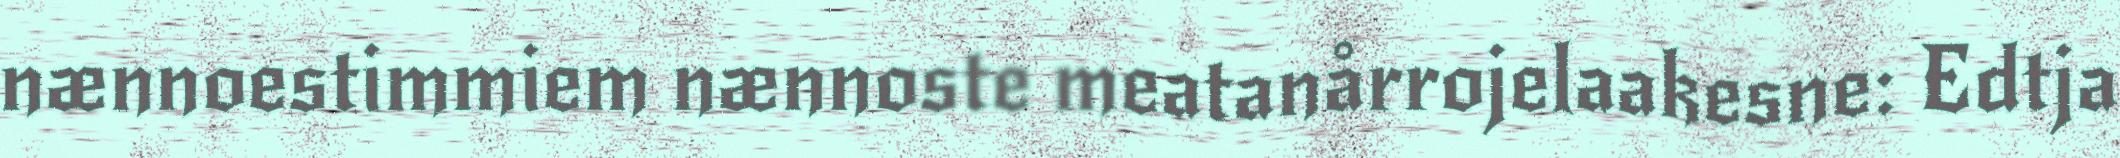
nænnoestimmiem nænnoste meatanårrojelaakesne: Edtja